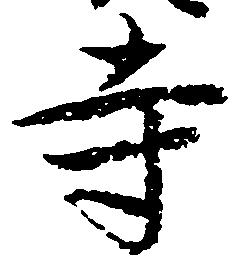
寺